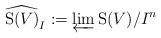
LaTeX: \begin{align*}\widehat{\mathrm{S}(V)}_I := \varprojlim \mathrm{S}(V)/I^n\end{align*}